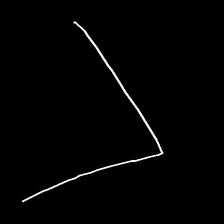
Glyph: region